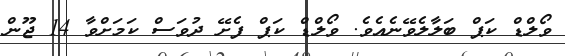
ވޯލްޑް ކަޕް ބަލާލެވޭނެއެވެ. ވޯލްޑް ކަޕް ފެށޭ ދުވަސް ކަމަށްވާ 14 ޖޫން